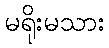
မရိုးမသား